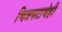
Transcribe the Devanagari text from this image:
चित्रपटाचेही